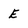
Character: E